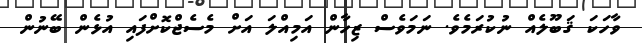
ވާހަކަ ޤަބޫލެއް ނުކުރަމެވެ. ނަމަވެސް ޒިހާން އަމިއްލަ އަށް މެސެޖްކޮށްފައި އުޅެން ބޭނުން